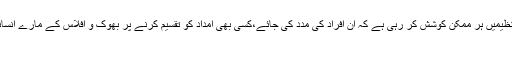
کہیں سرکاری سطح پر اور این جی اوز کے علاوہ سیاسی تنظیمیں ہر ممکن کوشش کر رہی ہے کہ ان افراد کی مدد کی جائے،کسی بھی امداد کو تقسیم کرنے پر بھوک و افلاس کے مارے انسانوں کی حالت اس وقت نا گفتہ بہ ہوتی ہے . . . مکمل بلاگ
مشرف کیخلاف نواز لیگ کی چارج شیٹ !